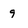
Character: 9